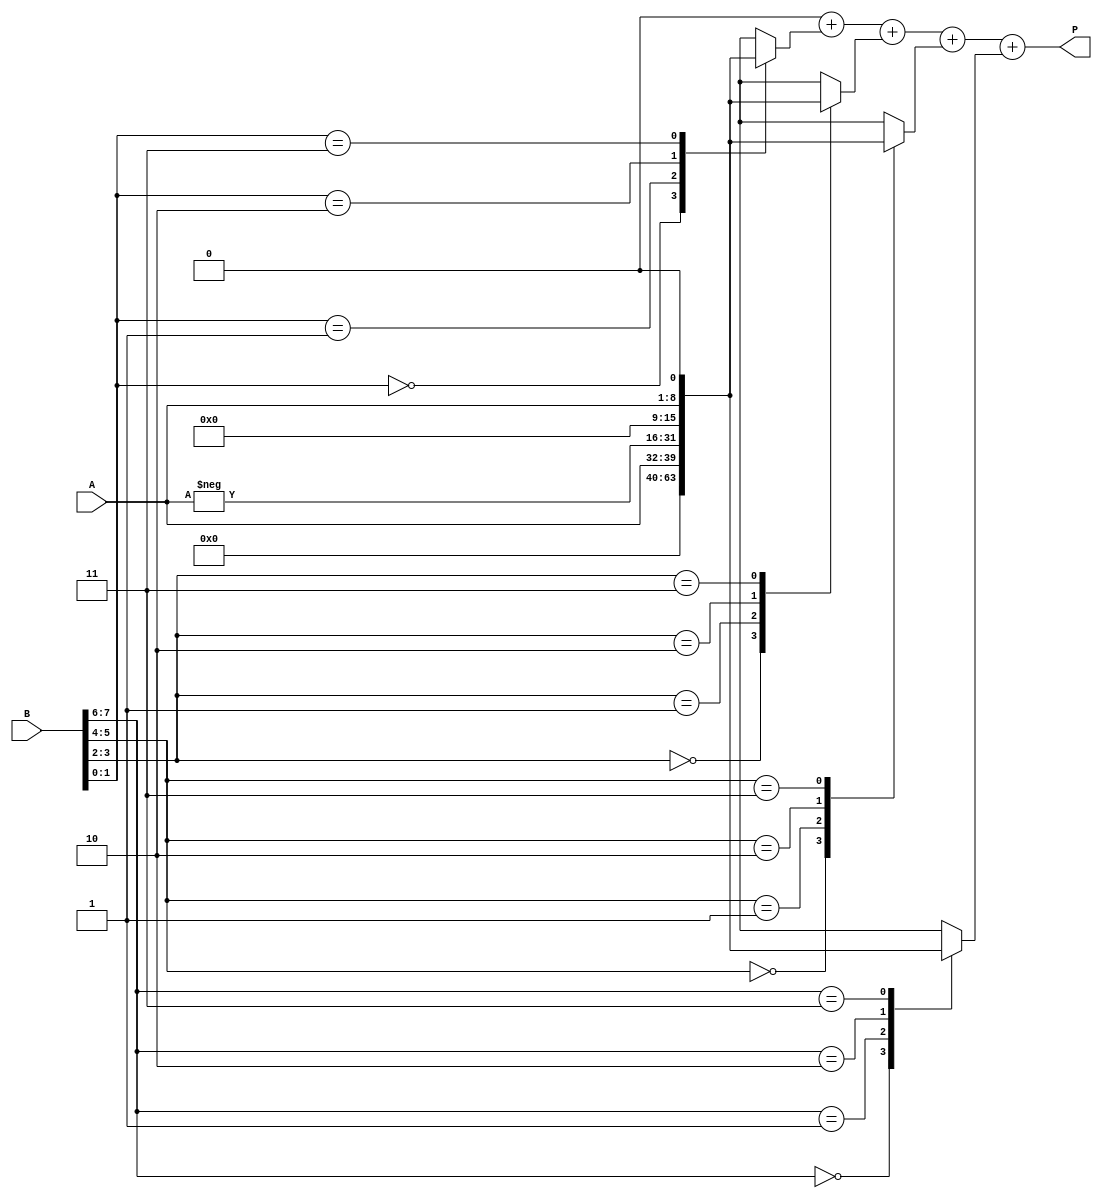
module radix4_multiplier #(
    parameter N = 8 // Number of bits for A and B
)(
    input signed [N-1:0] A,       // Multiplicand
    input signed [N-1:0] B,       // Multiplier
    output reg signed [2*N-1:0] P // Product
);
    reg [N-1:0] A_reg; // Register for A
    reg [N-1:0] B_reg; // Register for B
    reg [2*N-1:0] pp [0:(N/2)]; // Partial product array
    reg [N+1:0] B_extended; // Extended B for Booth's algorithm
    
    integer i;

    // Booth's algorithm processes B in pairs
    always @(*) begin
        // Reset partial products
        for (i = 0; i < (N/2); i = i + 1) begin
            pp[i] = 0;
        end
        
        // Extend B for handling negative numbers and adding an extra bit
        B_extended = {B[N-1], B}; // Sign bit extension
        
        // Booth encoding and partial product generation
        for (i = 0; i < N/2; i = i + 1) begin
            case (B_extended[2*i+1:2*i])
                2'b00: pp[i] = 0;
                2'b01: pp[i] = A_reg;
                2'b10: pp[i] = -A_reg; 
                2'b11: pp[i] = A_reg << 1; // Equivalent to 2*A
                default: pp[i] = 0;
            endcase
        end
        
        // Initialize product calculation
        P = 0;
        
        // Sum the partial products
        for (i = 0; i < (N/2); i = i + 1) begin
            P = P + pp[i];
        end
    end

    // Use the always block to handle input changes
    always @(A or B) begin
        A_reg = A;
        B_reg = B;
    end
    
endmodule